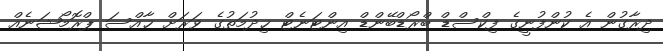
ދިރާގުން އެ ކުންފުނީގެ ފިކްސްޑް ބްރޯޑްބޭންޑް އިންޓަނެޓް ޚިދުމަތުގެ ވަރަށް ޚާއްސަ ޕްރޮމޯޝަނެއް